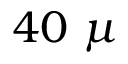
4 0 \ \mu